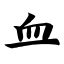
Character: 血